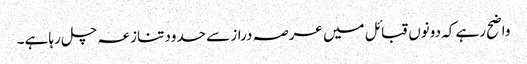
واضح رہے کہ دونوں قبائل میں عرصہ دراز سے حدود تنازعہ چل رہا ہے۔